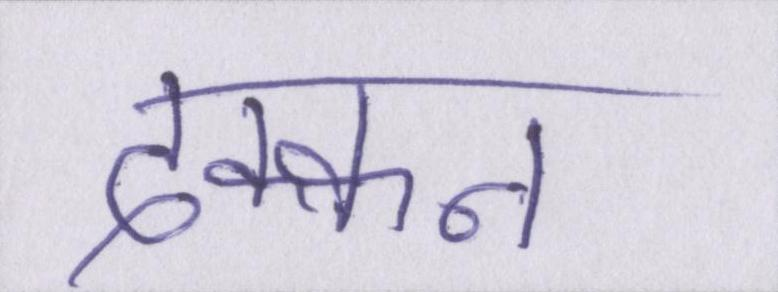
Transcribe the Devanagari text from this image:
दक्कन